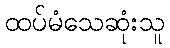
ထပ်မံသေဆုံးသူ